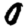
Digit: 0